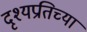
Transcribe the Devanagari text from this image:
दृश्यप्रतिच्या